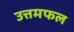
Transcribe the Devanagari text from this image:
उत्तमफल